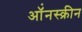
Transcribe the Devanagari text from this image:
ऑंनस्क्रीन